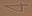
4